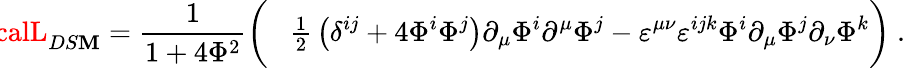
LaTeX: \! \! \! \! {\calL}_{DS\mathbf{M}}=\frac{1}{{1+4{\Phi}^{2}}}\left(\phantom{\frac{I}{I}}\! {\textstyle\frac{1}{2}}\left(\delta^{ij}+4\Phi^{i}\Phi^{j}\right)\partial_{\mu}\Phi^{i}\partial^{\mu}\Phi^{j}-\varepsilon^{\mu\nu}\varepsilon^{ijk}\Phi^{i}\partial_{\mu}\Phi^{j}\partial_{\nu}\Phi^{k}\right)~.